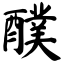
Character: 醭